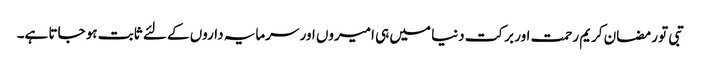
تبی تو رمضان کریم رحمت اور برکت دنیا میں ہی امیروں اور سرمایہ داروں کے لئے ثابت ہو جاتا ہے۔